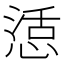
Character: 𭝴